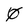
Character: 0